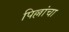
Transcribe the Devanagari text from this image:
पिल्लांचा